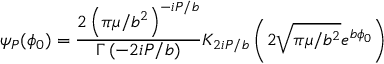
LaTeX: \psi _ { P } ( \phi _ { 0 } ) = \frac { 2 \left( \pi \mu / b ^ { 2 } \right) ^ { - i P / b } } { \Gamma \left( - 2 i P / b \right) } K _ { 2 i P / b } \left( 2 \sqrt { \pi \mu / b ^ { 2 } } e ^ { b \phi _ { 0 } } \right)